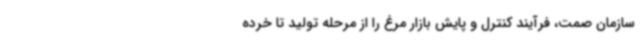
سازمان صمت، فرآیند کنترل و پایش بازار مرغ را از مرحله تولید تا خرده